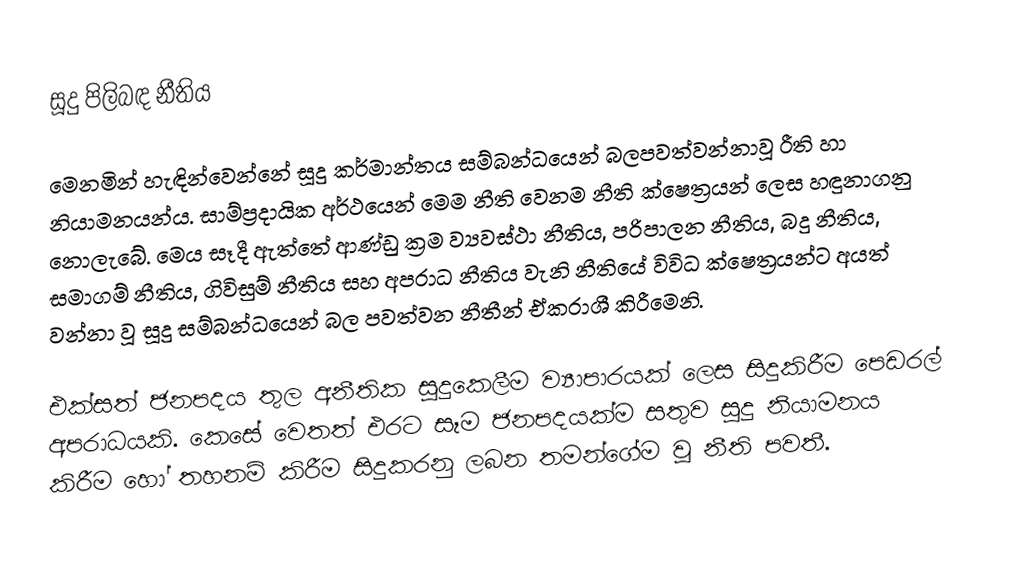
සූදු පිලිබඳ නීතිය

මෙනමින් හැඳින්වෙන්නේ සූදු කර්මාන්තය සම්බන්ධයෙන් බලපවත්වන්නාවූ රීති හා නියාමනයන්ය. සාම්ප්‍රදායික අර්ථයෙන් මෙම නීති වෙනම නීති ක්ෂෙත්‍රයන්  ලෙස හඳුනාගනු නොලැබේ. මෙය සෑදී ඇත්තේ ආණ්ඩු ක්‍රම ව්‍යවස්ථා නීතිය, පරිපාලන නීතිය, බදු නීතිය, සමාගම් නීතිය, ගිවිසුම් නීතිය සහ අපරාධ නීතිය වැනි නීතියේ විවිධ ක්ෂෙත්‍රයන්ට අයත් වන්නා වූ සූදු සම්බන්ධයෙන් බල පවත්වන නීතීන් ඒකරාශී කිරීමෙනි.

එක්සත් ජනපදය තුල අනීතික සූදුකෙලීම ව්‍යාපාරයක් ලෙස සිදුකිරීම පෙඩරල් අපරාධයකි. කෙසේ වෙතත් එරට සෑම ජනපදයක්ම සතුව සූදු නියාමනය කිරීම හෝ තහනම් කිරීම සිදුකරනු ලබන තමන්ගේම වූ නීති පවතී.